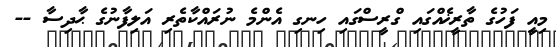
މިއީ ފަހުގެ ތާރީޚެއްގައި ގްރީސްގައި ހިނގި އެންމެ ނުރައްކާތެރި އަލިފާނުގެ ޙާދިސާ --